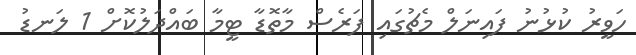
ހަވީރު ކުޅުނު ފައިނަލް މެޗުގައި ފަރެސް މާތޮޑާ ޓީމާ ބައްދަލުކޮށް 1 ލަނޑު